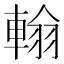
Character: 𨌺